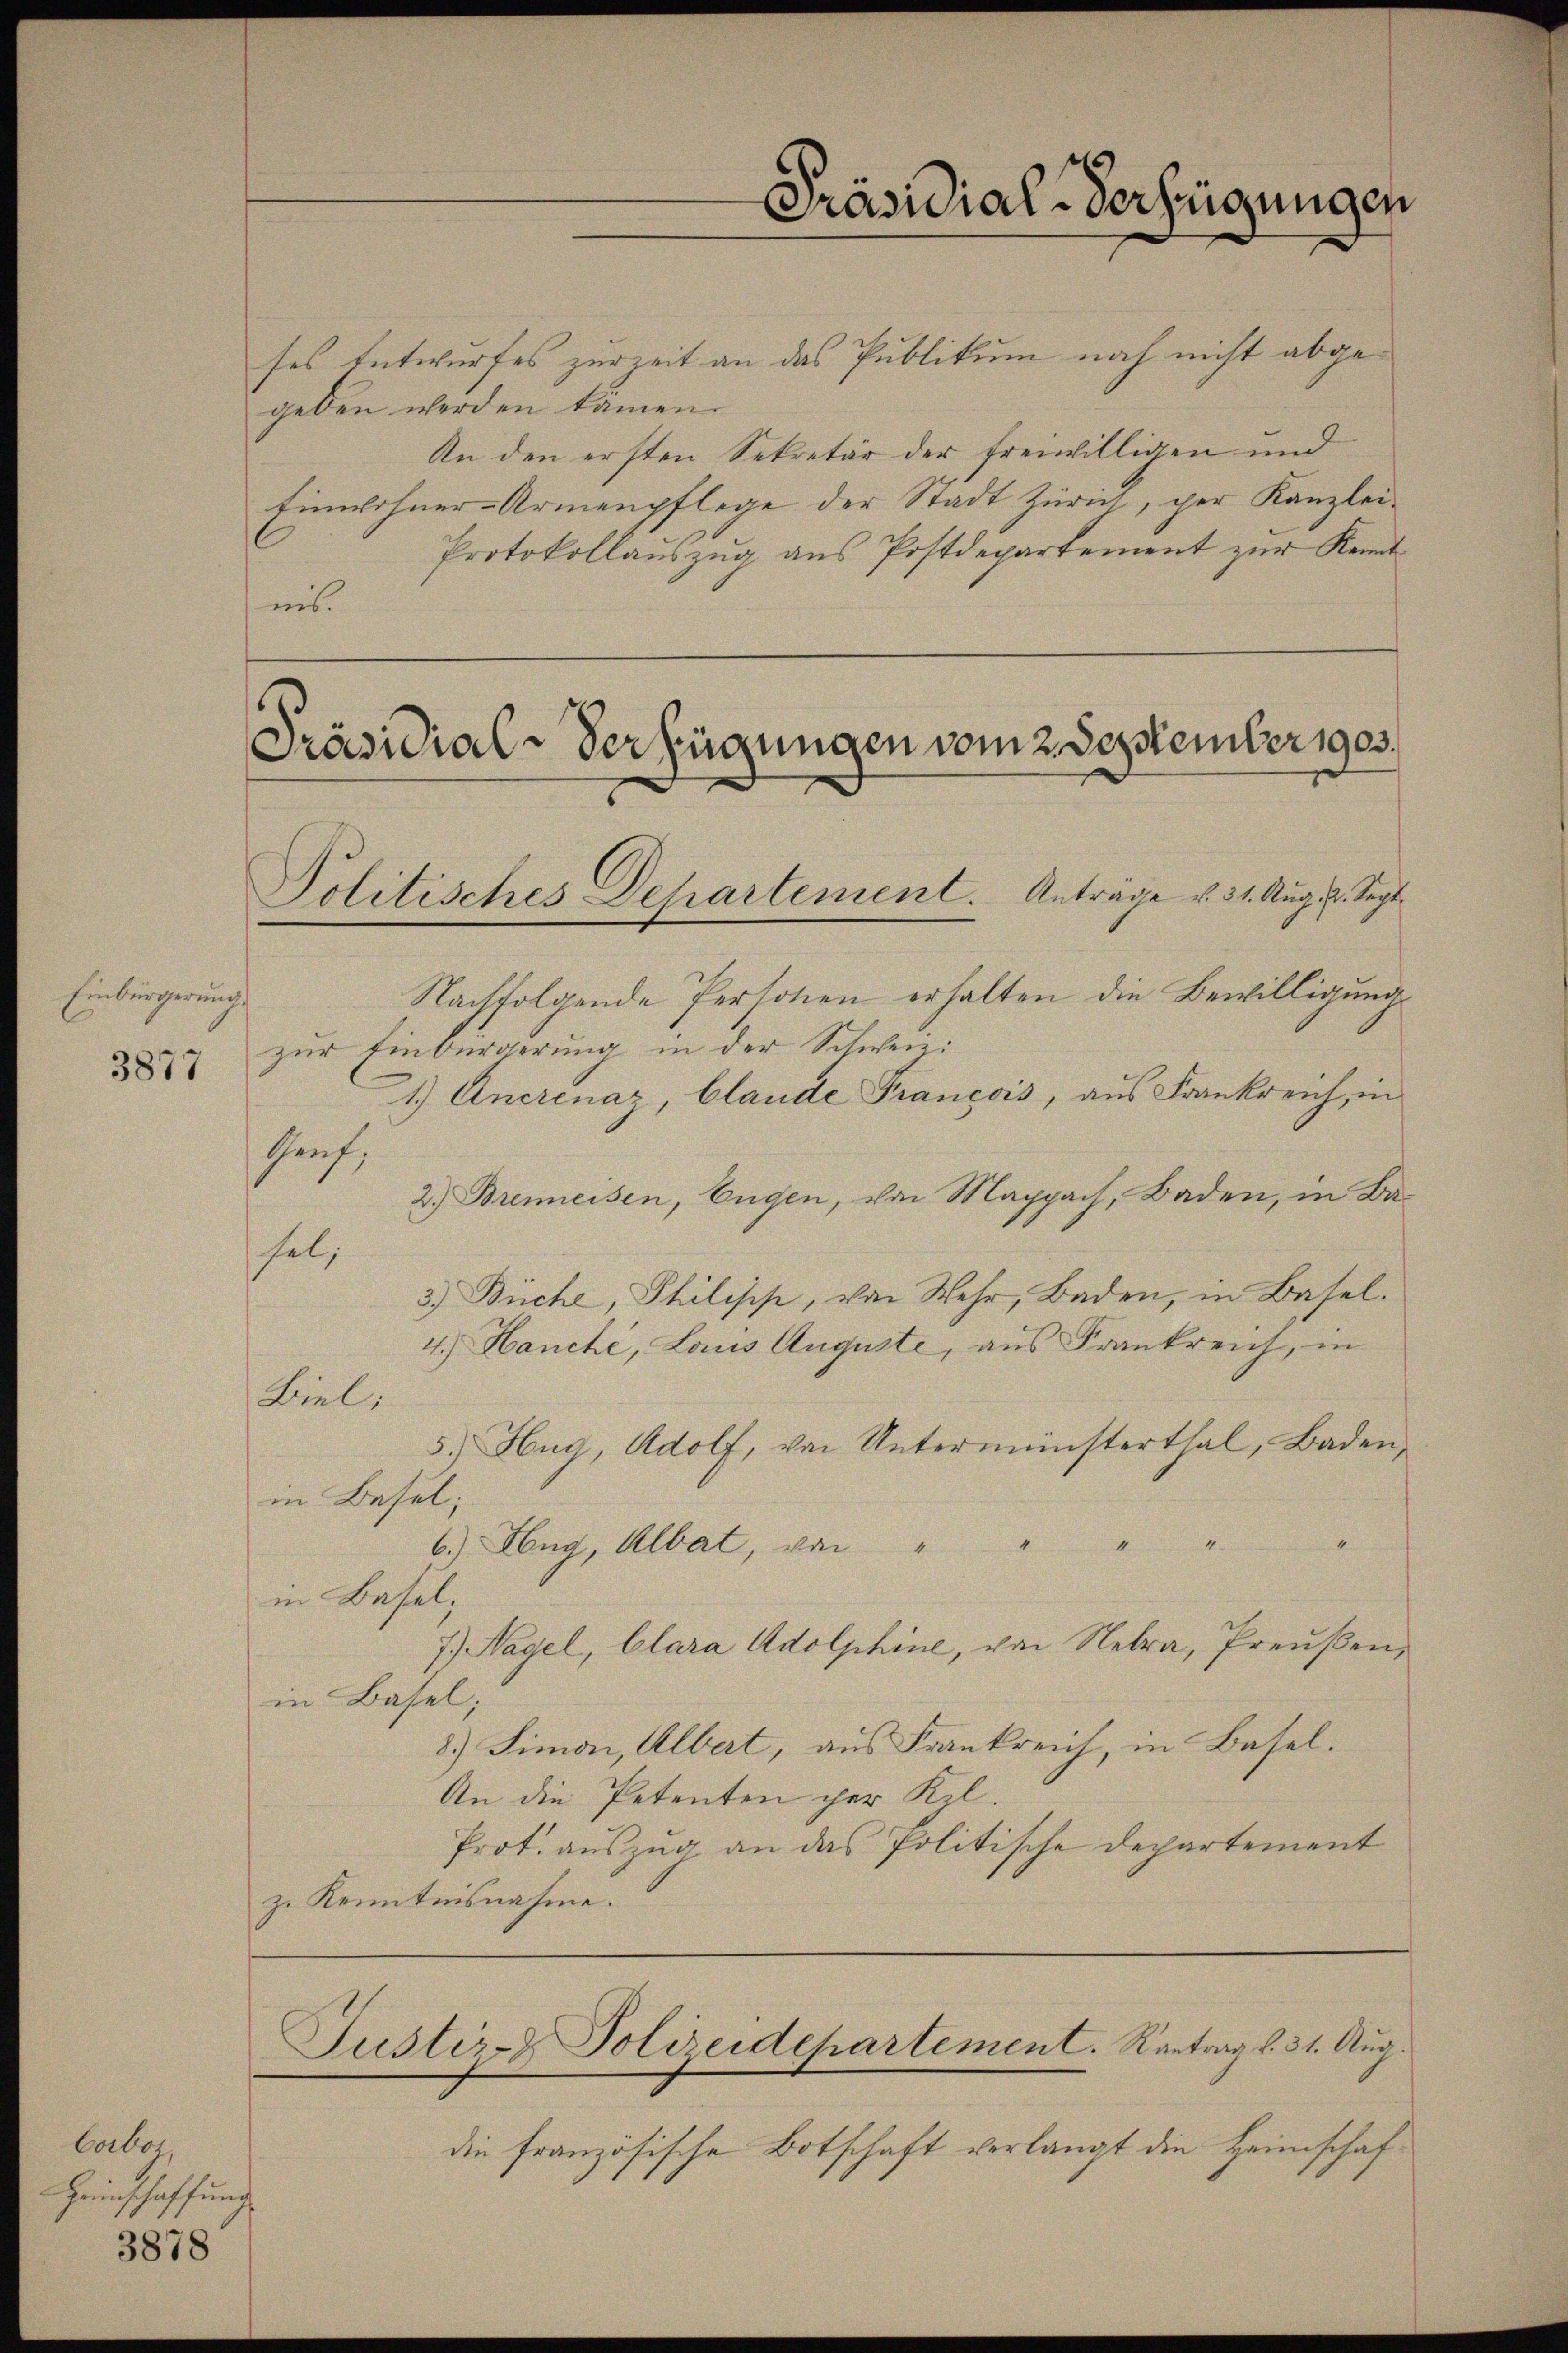
Einbürgerungs
3877

Cabo
Heinschaffung

3878

Präsidial-Verfügungen

ses Entwurfes zur Zeit an das Publikum noch nicht abgegeben werden kamen.
An den ersten Sekretär der freiwilligen und
Einwohner-Armenpflege der Stadt Zürich, per Kanzlei¬
Protokollauszug aus Postdepartement zur Kenntins.

Präsidial-Verfügungen vom 2 September 1903.
Politisches Departement. Anträge v. 31. Aug. 4. Sept

Nachfolgende Personen erhalten die Bewilligung
zur Einbürgerung in der Schweiz.
1.) Ancrenaz, blande François, aus Frankreich, in
Genf,
2. Bremeisen, Eugen, von Mappach, Baden, in Basel;
3.) Büche, Philisch, von Wehr, Baden, in Basel.
4.) Hanche, Louis Auguste, aus Frankreich, in
Biel,
5.) Hug, Adolf, von Unterminsterthal, Baden,
in Besel;
6.) Hug, Albat, von " " " " "
in Basel,
7.) Nagel, Clara Adolphine, von Nebra, Preußen,
in Basel;
8.) Simon, Albert, aus Frankreich, in Basel.
An die Petenten per Kl.
Prot. auszug an das Politische Departement
zu Kenntnisnahme.

Justiz- Polizeidepartement. Kantrag d. 31. Aug.

die französische Botschaft verlangt die Heimschaf¬